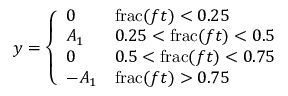
y = { \left\{ \begin{array} { l l } { 0 } & { \operatorname { f r a c } ( f t ) < 0 . 2 5 } \\ { A _ { 1 } } & { 0 . 2 5 < \operatorname { f r a c } ( f t ) < 0 . 5 } \\ { 0 } & { 0 . 5 < \operatorname { f r a c } ( f t ) < 0 . 7 5 } \\ { - A _ { 1 } } & { \operatorname { f r a c } ( f t ) > 0 . 7 5 } \end{array} \right. }